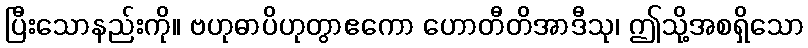
ပြီးသောနည်းကို။ ဗဟုဓာပိဟုတွာဧကော ဟောတီတိအာဒီသု၊ ဤသို့အစရှိသော